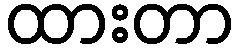
ထားတာ